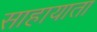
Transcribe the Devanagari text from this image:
साहायाता